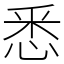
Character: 悉